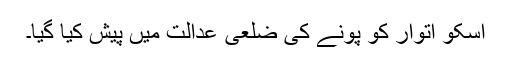
اسکو اتوار کو پونے کی ضلعی عدالت میں پیش کیا گیا۔